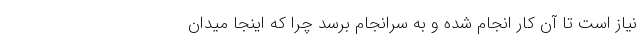
نیاز است تا آن کار انجام شده و به سرانجام برسد چرا که اینجا میدان